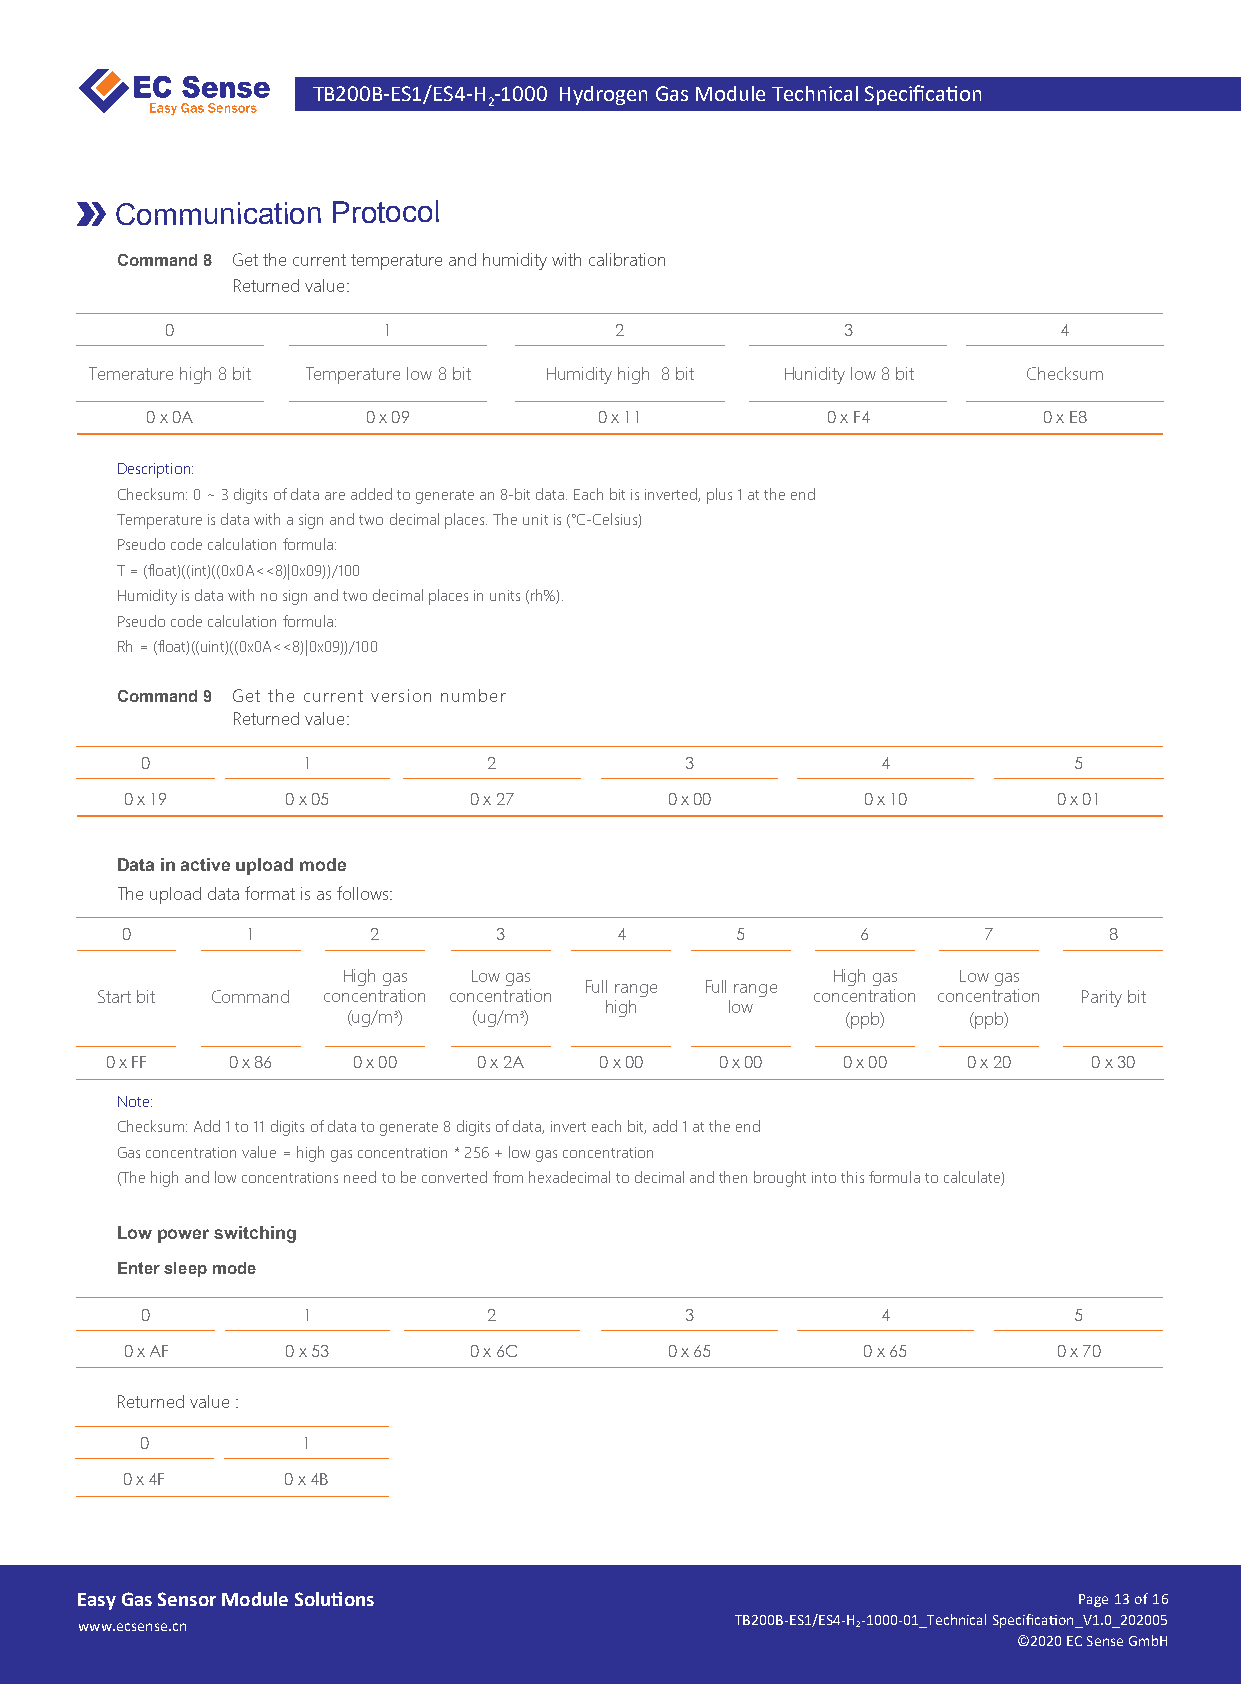
TB200B-ES1/ES4-H -1000 Hydrogen Gas Module Technical Specifica�on
 2
 Communication Protocol
 Command 8 Get the current temperature and humidity with calibration
 Returned value:
 0             1               2              3             4
 Temerature high 8 bit Temperature low 8 bit Humidity high 8 bit Hunidity low 8 bit Checksum
 0 x 0A        0 x 09          0 x 11         0 x F4        0 x E8
 Description:
 Checksum: 0 ~ 3 digits of data are added to generate an 8-bit data. Each bit is inverted, plus 1 at the end
 Temperature is data with a sign and two decimal places. The unit is (℃-Celsius)
 Pseudo code calculation formula:
 T = (float)((int)((0x0A<<8)|0x09))/100
 Humidity is data with no sign and two decimal places in units (rh%).
 Pseudo code calculation formula:
 Rh = (float)((uint)((0x0A<<8)|0x09))/100
 Command 9 Get the current version number
 Returned value:
 0          1           2            3            4            5
 0 x 19     0 x 05      0 x 27       0 x 00       0 x 10       0 x 01
 Data in active upload mode
 The upload data format is as follows:
 0       1       2        3       4       5       6       7       8
 High gas Low gas                High gas Low gas
 Full range Full range
 Start bit Command concentration concentration   concentration concentration Parity bit
 high    low
 (ug/m3) (ug/m3)                  (ppb)   (ppb)
 0 x FF  0 x 86  0 x 00   0 x 2A  0 x 00  0 x 00  0 x 00  0 x 20  0 x 30
 Note:
 Checksum: Add 1 to 11 digits of data to generate 8 digits of data, invert each bit, add 1 at the end
 Gas concentration value = high gas concentration * 256 + low gas concentration
 (The high and low concentrations need to be converted from hexadecimal to decimal and then brought into this formula to calculate)
 Low power switching
 Enter sleep mode
 0          1           2            3            4            5
 0 x AF     0 x 53      0 x 6C       0 x 65       0 x 65       0 x 70
 Returned value :
 0          1
 0 x 4F     0 x 4B
 Easy Gas Sensor Module Solu�ons                                   Page 13 of 16
 www.ecsense.cn                              TB200B-ES1/ES4-H 2-1000-01_Technical Specifica�on_V1.0_202005
 ©2020 EC Sense GmbH